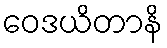
ဝေဒယိတာနိ